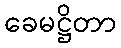
ခေမဋ္ဌိတာ